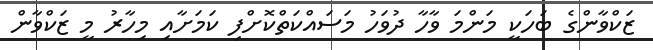
ޒަކްވާންގެ ބަހަކީ މަންމަ ވާހާ ދުވަހު މަސައްކަތްކޮށްފި ކަމަށާއި މިހާރު މީ ޒަކްވާން